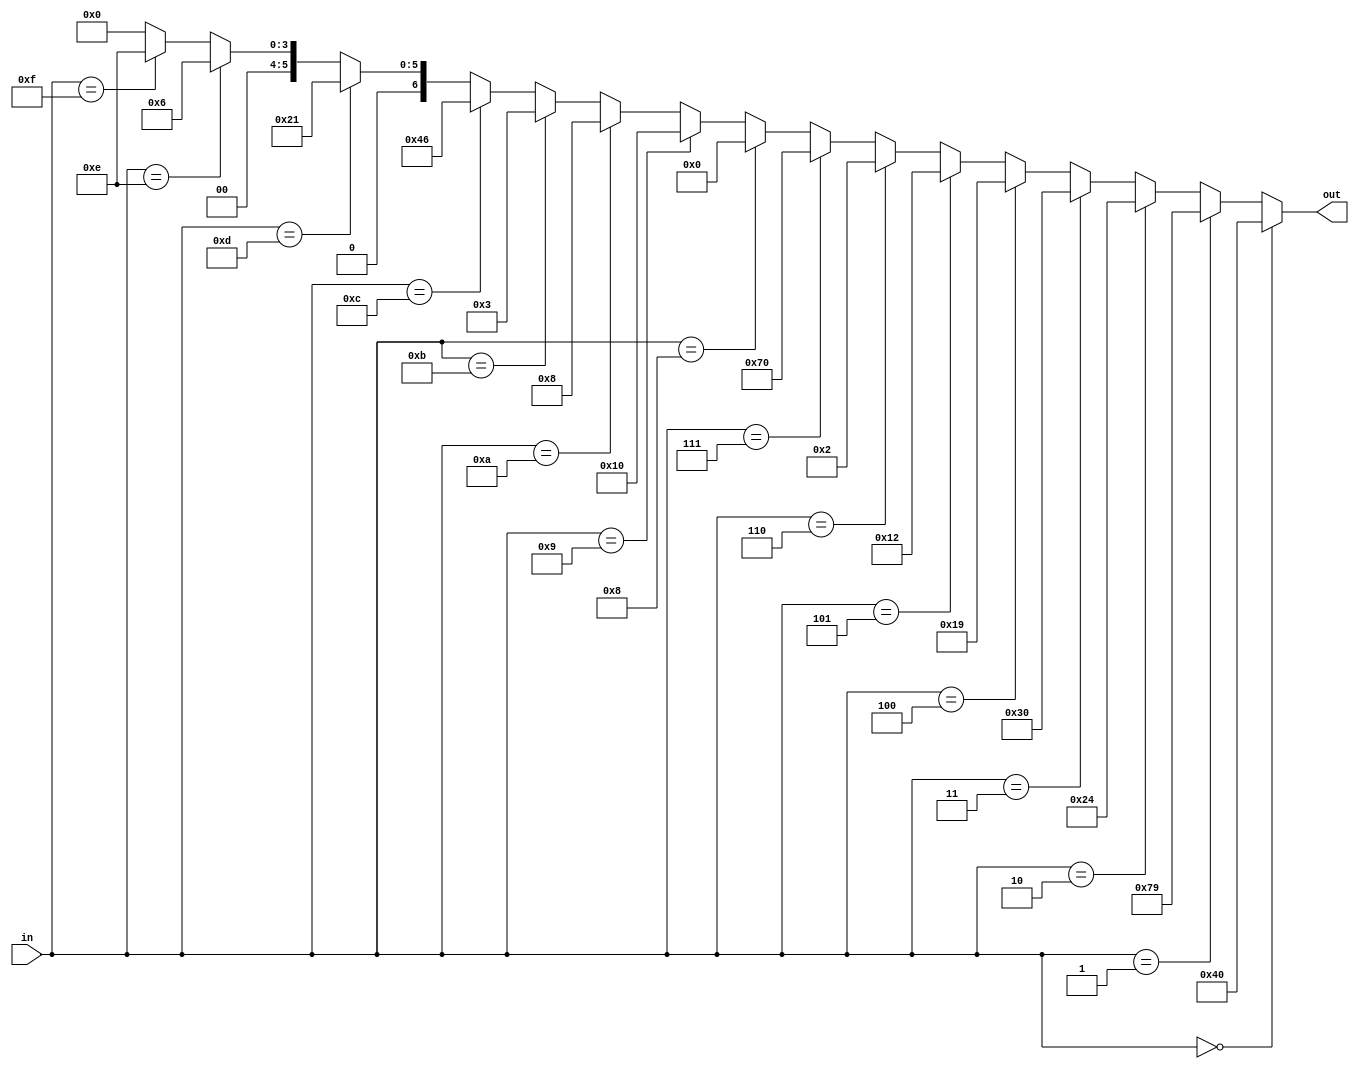
module BCD2HEX(in,out);
input [3:0] in;     
output [6:0] out;     

assign out=
		(in == 4'b0000)? 7'b1000000: 
		(in == 4'b0001)? 7'b1111001:
		(in == 4'b0010)? 7'b0100100:
		(in == 4'b0011)? 7'b0110000:
		(in == 4'b0100)? 7'b0011001:
		(in == 4'b0101)? 7'b0010010:
		(in == 4'b0110)? 7'b0000010:
		(in == 4'b0111)? 7'b1110000:
		(in == 4'b1000)? 7'b0000000:
		(in == 4'b1001)? 7'b0010000:

		(in == 4'b1010)? 7'b0001000:
		(in == 4'b1011)? 7'b0000011:
		(in == 4'b1100)? 7'b1000110:
		(in == 4'b1101)? 7'b0100001:
		(in == 4'b1110)? 7'b0000110:
		(in == 4'b1111)? 7'b0001110:
		 8'b00000000; 
endmodule